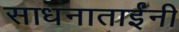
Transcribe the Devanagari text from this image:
साधनाताईंनी